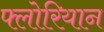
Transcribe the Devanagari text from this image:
फ्लोरियान